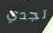
تجدي